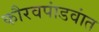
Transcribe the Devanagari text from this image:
कौरवपांडवांत